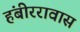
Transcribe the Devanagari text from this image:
हंबीररावास